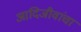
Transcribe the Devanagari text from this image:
आदिजीवांचा